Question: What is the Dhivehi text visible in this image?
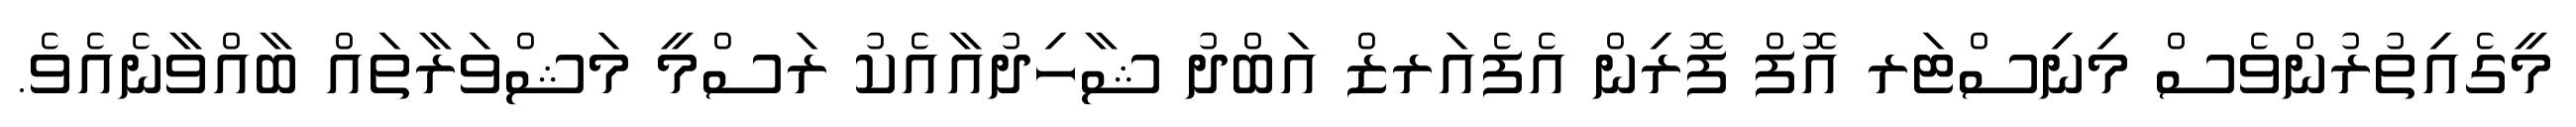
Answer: މީގެއިތުރުންވެސް މިނިސްޓަރ އޮފް ފޮރިން އެފެއަރޒް އަބްދު ޝާހިދުއާއެކު ރަސްމީ މަޝްވަރާތައް ބާއްވާނެއެވެ.